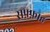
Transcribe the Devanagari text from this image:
सफ़्फ़ाह